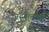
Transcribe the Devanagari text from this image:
जहूराबाद